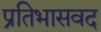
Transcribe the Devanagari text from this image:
प्रतिभासवद